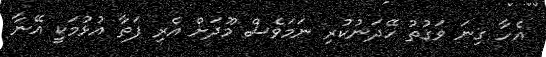
އެހާ ގިނަ ވަގުތު ހޭދަނުކުރި ނަމަވެސް މޫދަށް އެރި ފަތާ އުޅުމަކީ އޭނާ